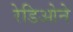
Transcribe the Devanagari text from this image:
रेडिओने